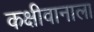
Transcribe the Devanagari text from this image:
कक्षीवानाला